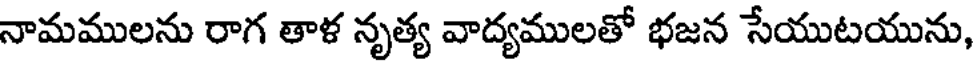
నామములను రాగ తాళ నృత్య వాద్యములతో భజన సేయుటయును,